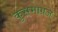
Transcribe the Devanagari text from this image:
कुसमाग्रज